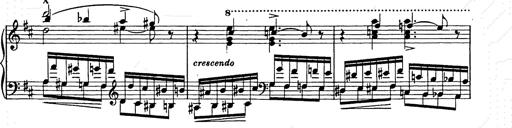
Title: Ballade No.2
Composer: Jan Skrzydlewski
Key: B minor